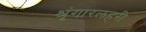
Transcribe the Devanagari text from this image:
श्रृंगारलहरी